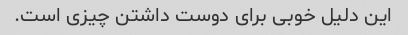
این دلیل خوبی برای دوست داشتن چیزی است.